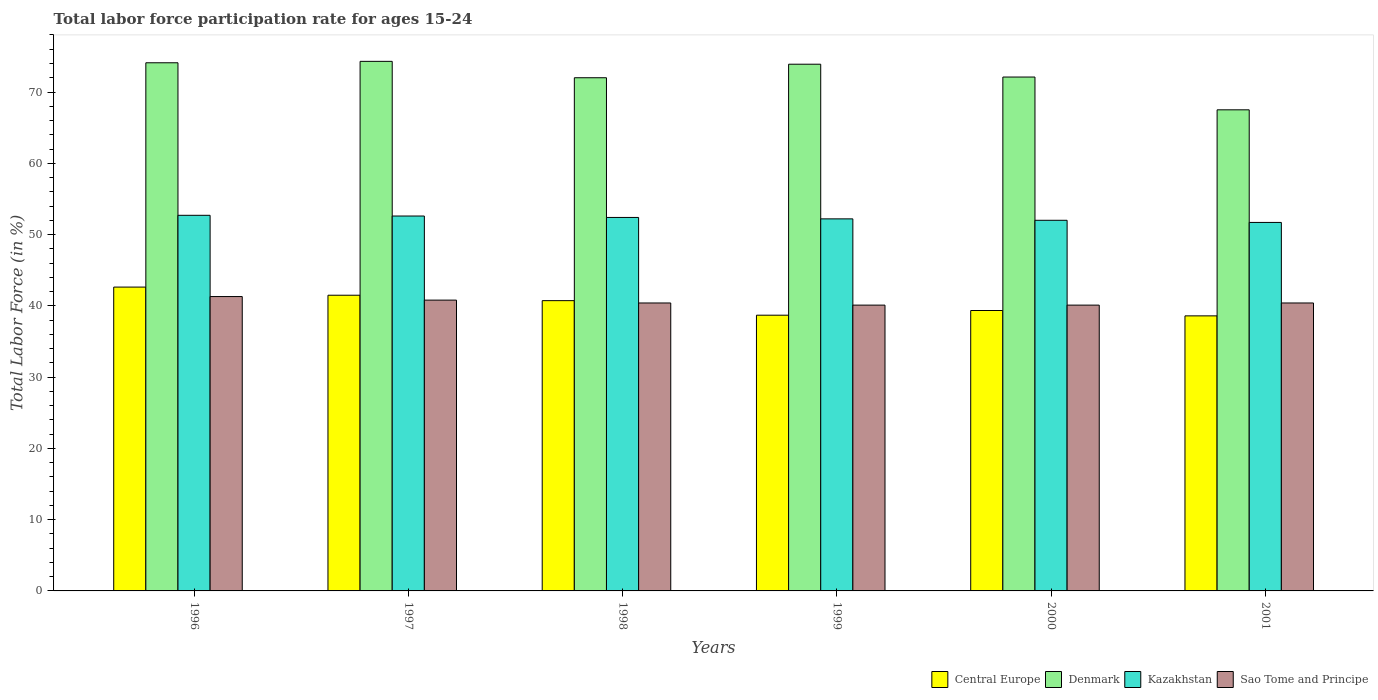
| Years | Central Europe | Denmark | Kazakhstan | Sao Tome and Principe |
 | --- | --- | --- | --- | --- |
 | 1996 | 42.6 | 74.1 | 52.7 | 41.3 |
 | 1997 | 41.5 | 74.3 | 52.6 | 40.8 |
 | 1998 | 40.7 | 72 | 52.4 | 40.4 |
 | 1999 | 38.7 | 73.9 | 52.2 | 40.1 |
 | 2000 | 39.3 | 72.1 | 52 | 40.1 |
 | 2001 | 38.6 | 67.5 | 51.7 | 40.4 |